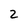
Character: z